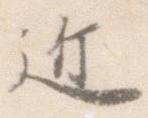
近